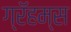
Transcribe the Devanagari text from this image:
ग्रॅहम्स